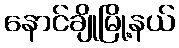
နောင်ချိုမြို့နယ်